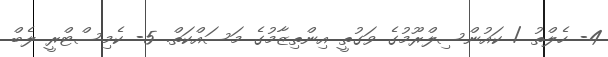
4- ހެލްތު / ކައުންސިލްރޫމުގެ ވަގުތީ އިންތިޒާމުގެ މަސައްކަތް. 5- ކެމިސްޓްރީ ލެބް